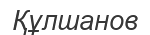
Құлшанов